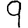
Digit: 9